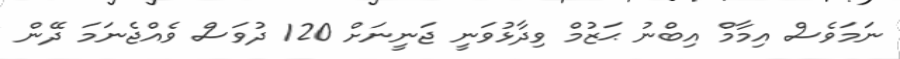
ނަމަވެސް އިމާމް އިބްނު ޙަޒުމް ވިދާޅުވަނީ ޖަނީނަށް 120 ދުވަސް ވެއްޖެނަމަ ދޭން